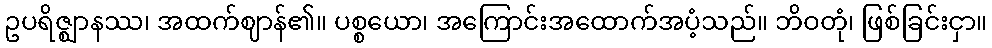
ဥပရိဇ္ဈာနဿ၊ အထက်ဈာန်၏။ ပစ္စယော၊ အကြောင်းအထောက်အပံ့သည်။ ဘိဝတုံ၊ ဖြစ်ခြင်းငှာ။